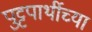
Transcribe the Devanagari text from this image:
पुट्टपार्थीच्या